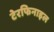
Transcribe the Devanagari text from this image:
टेरफिनाइल